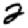
Digit: 2